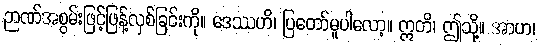
ဉာဏ်အစွမ်းဖြင့်ဖြန့်လှစ်ခြင်းကို။ ဒေဿဟိ၊ ပြတော်မူပါလော့။ ဣတိ၊ ဤသို့။ အာဟ၊